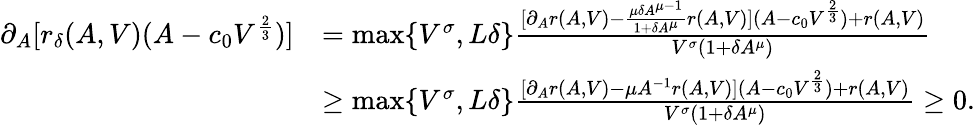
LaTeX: \begin{array}{rl}{\partial_{A}[r_{\delta}(A,V)(A-c_{0}V^{\frac{2}{3}})]}&{=\operatorname*{max}\{ V^{\sigma},L\delta\} \frac{[\partial_{A}r(A,V)-\frac{\mu\delta A^{\mu-1}}{1+\delta A^{\mu}}r(A,V)](A-c_{0}V^{\frac{2}{3}})+r(A,V)}{V^{\sigma}(1+\delta A^{\mu})}}\\ &{\geq\operatorname*{max}\{ V^{\sigma},L\delta\} \frac{[\partial_{A}r(A,V)-\mu A^{-1}r(A,V)](A-c_{0}V^{\frac{2}{3}})+r(A,V)}{V^{\sigma}(1+\delta A^{\mu})}\geq 0.}\end{array}